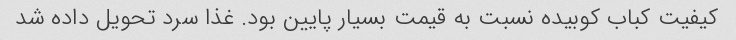
کیفیت کباب کوبیده نسبت به قیمت بسیار پایین بود. غذا سرد تحویل داده شد